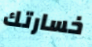
خسارتك